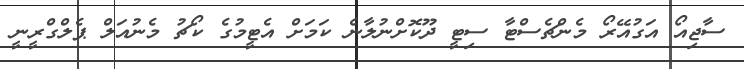
ސާޖިއޯ އަގުއޭރޯ މެންޗެސްޓާ ސިޓީ ދޫކޮށްނުލާނެ ކަމަށް އެޓީމުގެ ކޯޗު މެނުއަލް ޕެލްގްރީނީ